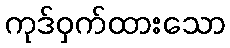
ကုဒ်ဝှက်ထားသော